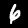
Digit: 6